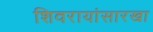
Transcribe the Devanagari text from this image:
शिवरायांसारखा